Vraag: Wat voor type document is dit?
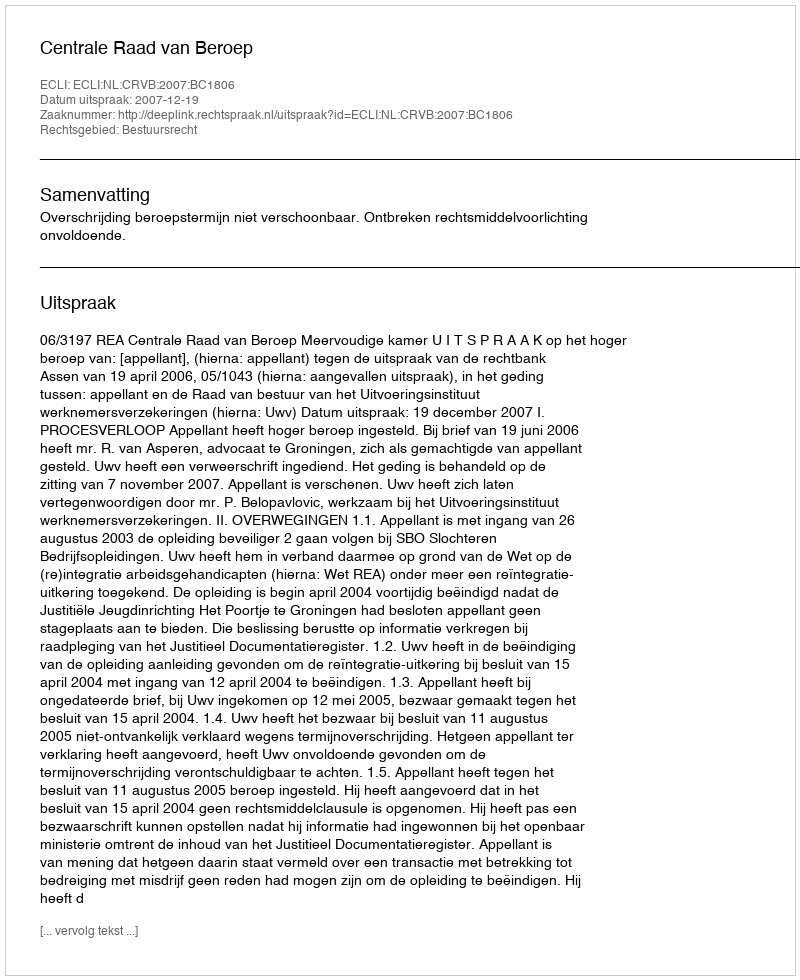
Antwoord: Uitspraak